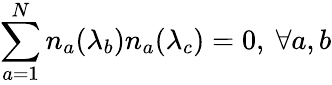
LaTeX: \sum_{a=1}^{N}n_{a}(\lambda_{b})n_{a}(\lambda_{c})=0,\ \forall a,b